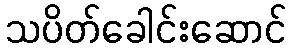
သပိတ်ခေါင်းဆောင်